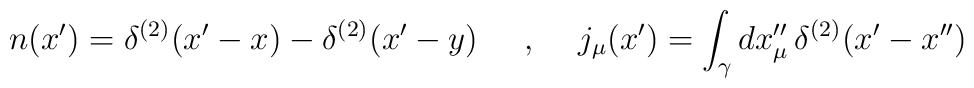
n(x')=\delta^{(2)}(x'-x)-\delta^{(2)}(x'-y)\makebox[.5in]{,}j_{\mu }(x')=\int_{\gamma }dx_\mu''\,\delta ^{(2)}(x'-x'')